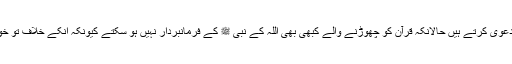
پھر ہم کس منہ سے رسول اللہ ﷺ سے محبت کا دعویٰ کرتے ہیں حالانکہ قرآن کو چھوڑنے والے کبھی بھی اللہ کے نبی ﷺ کے فرمانبردار نہیں ہو سکتے کیونکہ انکے خلاف تو خود رسول اللہ صلی اللہ علیہ وسلم شکایت کرینگے۔